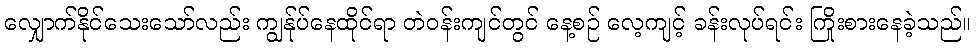
လျှောက်နိုင်သေးသော်လည်း ကျွန်ုပ်နေထိုင်ရာ တဲဝန်းကျင်တွင် နေ့စဉ် လေ့ကျင့် ခန်းလုပ်ရင်း ကြိုးစားနေခဲ့သည်။